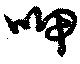
呷